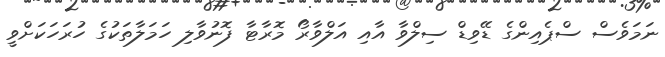
ނަމަވެސް ސްޕެއިންގެ ޑޭވިޑް ސިލްވާ އާއި އަލްވާރޯ މޮރާޓާ ފޮނުވާލި ހަމަލާތަކުގެ ހުރަހަކަށްވީ